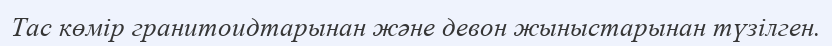
Тас көмір гранитоидтарынан және девон жыныстарынан түзілген.